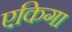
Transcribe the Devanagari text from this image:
एकिगा